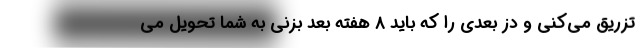
تزریق می‌کنی و دز بعدی را که باید ۸ هفته بعد بزنی به شما تحویل می